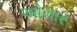
ઓમાર